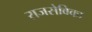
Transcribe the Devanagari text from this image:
राजसेविका